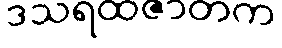
ဒသရထဇာတက